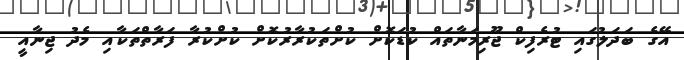
އޭގެ ބަދަލުގައި ޓުރެފިކް ޖޫރިމަނާތައް ކުޑަކޮށް ކުށްތަކުރާރުކޮށް ކުށްކުރާ ފަރާތްތަކާއި މެދު ޖިނާއީ